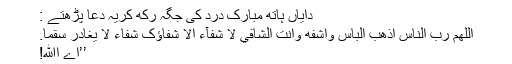
دایاں ہاتھ مبارک درد کی جگہ رکھ کریہ دعا پڑھتے :
اللَّهُمَّ رَبَّ النَّاسِ اذْهَبِ الْباَسَ وَاشْفِه وَاَنْتَ الشَّافِيْ لَا شَفآءَ اِلَّا شِفَاؤُک شِفَاءً لَا يُغَادِرُ سَقْمًا.
’’اے اﷲ!